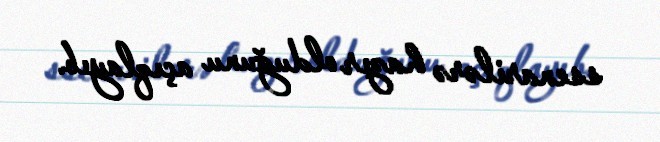
ssenarilərə hazır olduğunu açıqlayıb.